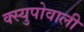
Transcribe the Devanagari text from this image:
क्स्युपोवाली